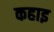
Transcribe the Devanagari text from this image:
कहाइ